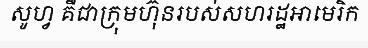
សូហ្វ គឺជាក្រុមហ៊ុនរបស់សហរដ្ឋអាមេរិក